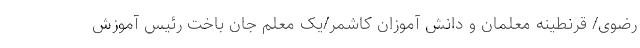
رضوی/ قرنطینه معلمان و دانش آموزان کاشمر/یک معلم جان باخت رئیس آموزش